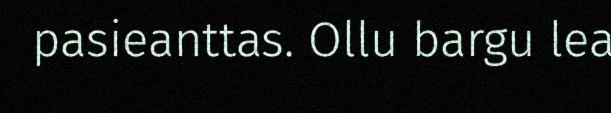
pasieanttas. Ollu bargu lea